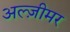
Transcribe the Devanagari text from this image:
अल्ज़ीमर